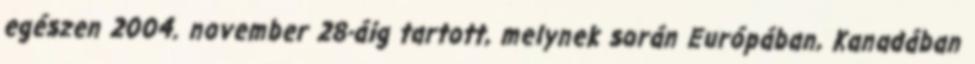
egészen 2004. november 28-áig tartott, melynek során Európában, Kanadában